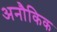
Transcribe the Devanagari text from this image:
अनौकिक